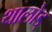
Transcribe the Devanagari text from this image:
थालोड्